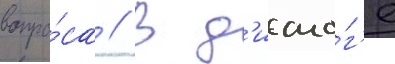
вопро́са // В д'иало́г'е